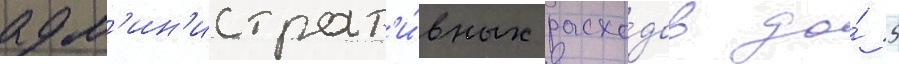
адм'ин'истрат'и́вных расхо́дов до́ 5